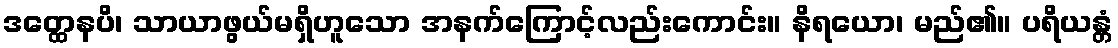
ဒတ္ထေနပိ၊ သာယာဖွယ်မရှိဟူသော အနက်ကြောင့်လည်းကောင်း။ နိရယော၊ မည်၏။ ပရိယန္တံ